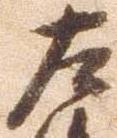
左